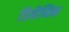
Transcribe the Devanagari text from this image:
डिनैमिक